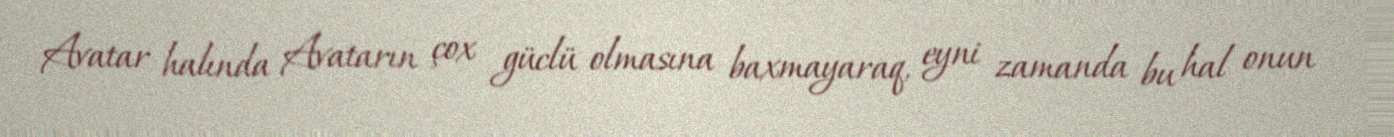
Avatar halında Avatarın çox güclü olmasına baxmayaraq, eyni zamanda bu hal onun